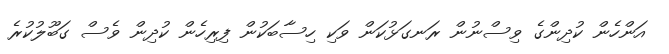
އަންހެން ކުދިންގެ ވިސްނުން ރަނގަޅުކަން ވަކި ހިސާބަކުން ފިރިހެން ކުދިން ވެސް ގަބޫލުކުރެ